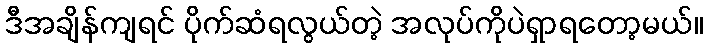
ဒီအချိန်ကျရင် ပိုက်ဆံရလွယ်တဲ့ အလုပ်ကိုပဲရှာရတော့မယ်။